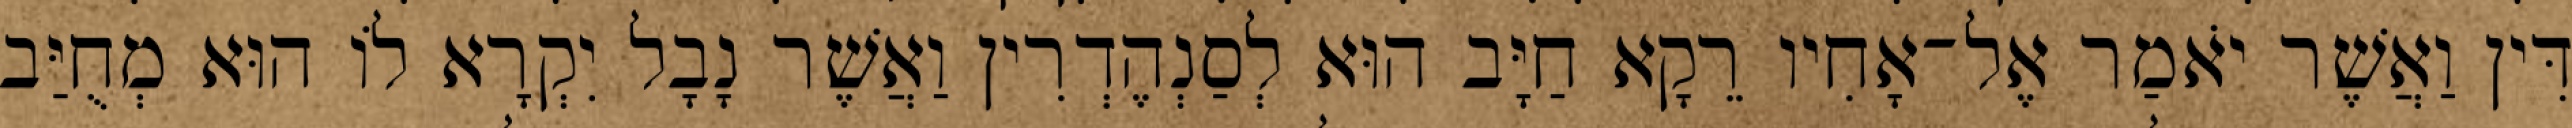
דִּין וַאֲשֶׁר יֹאמַר אֶל־אָחִיו רֵקָא חַיָּב הוּא לְסַנְהֶדְרִין וַאֲשֶׁר נָבָל יִקְרָא לוֹ הוּא מְחֻיַּב